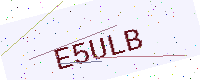
Text: E5ULB